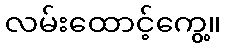
လမ်းထောင့်ကွေ့။